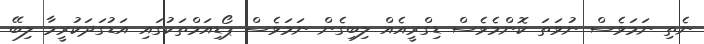
ނެތި ނަމަވެސް ނުވަތަ ކޮންމެވެސް ޑިގްރީއެއް ލިބިގެން ނަމަވެސް ޕޯޑިއަމްތަކުގައި އަޑުގަދަކުރީމާ ލިބޭ